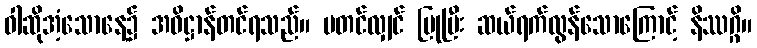
ဝါဆိုအံ့သောနေ့၌ အဓိဋ္ဌာန်တင်ရသည်။ မတင်လျှင် ပြုပြီး ဆယ်ရက်လွန်သောကြောင့် နိဿဂ္ဂိ။